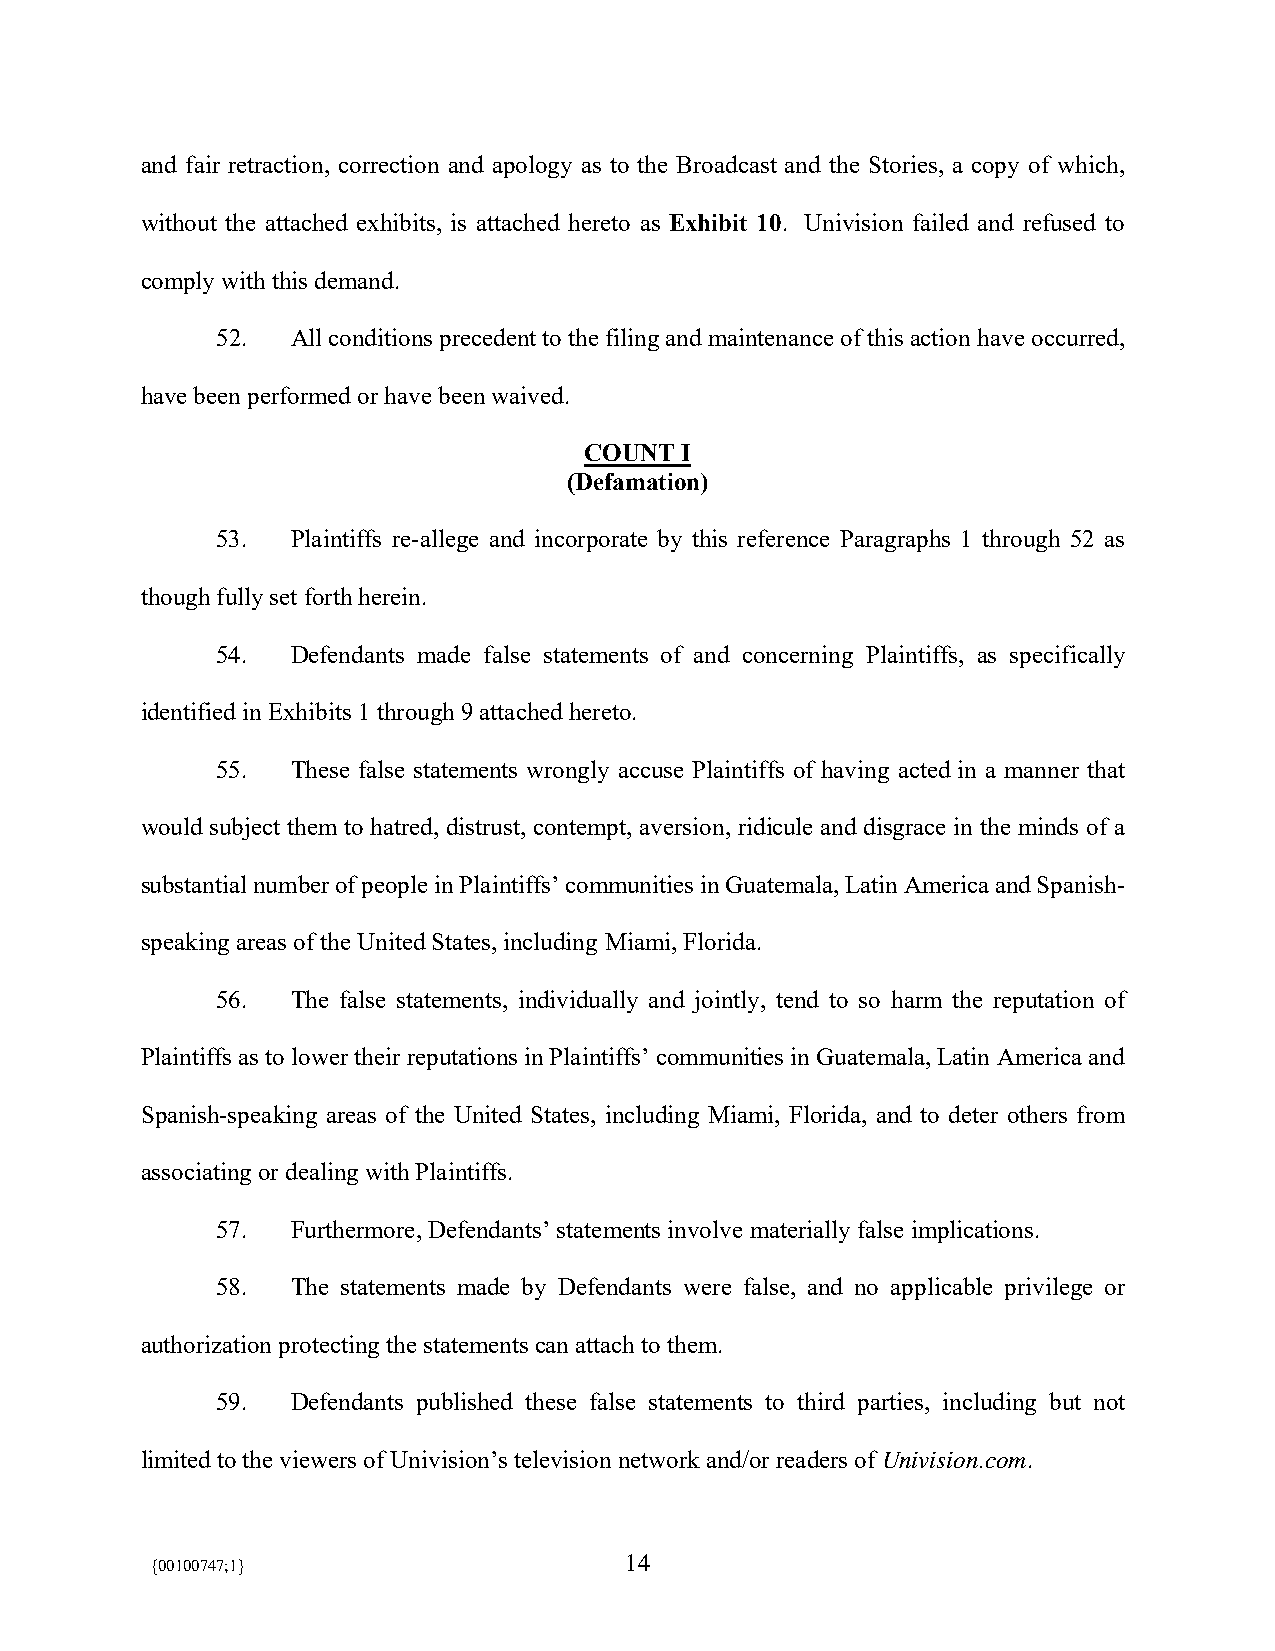
and fair retraction, correction and apology as to the Broadcast and the Stories, a copy of which,
 without the attached exhibits, is attached hereto as Exhibit 10. Univision failed and refused to
 comply with this demand.
 52.  All conditions precedent to the filing and maintenance of this action have occurred,
 have been performed or have been waived.
 COUNT I
 (Defamation)
 53.  Plaintiffs re-allege and incorporate by this reference Paragraphs 1 through 52 as
 though fully set forth herein.
 54.  Defendants made false statements of and concerning Plaintiffs, as specifically
 identified in Exhibits 1 through 9 attached hereto.
 55.  These false statements wrongly accuse Plaintiffs of having acted in a manner that
 would subject them to hatred, distrust, contempt, aversion, ridicule and disgrace in the minds of a
 substantial number of people in Plaintiffs’ communities in Guatemala, Latin America and Spanish-
 speaking areas of the United States, including Miami, Florida.
 56.  The false statements, individually and jointly, tend to so harm the reputation of
 Plaintiffs as to lower their reputations in Plaintiffs’ communities in Guatemala, Latin America and
 Spanish-speaking areas of the United States, including Miami, Florida, and to deter others from
 associating or dealing with Plaintiffs.
 57.  Furthermore, Defendants’ statements involve materially false implications.
 58.  The statements made by Defendants were false, and no applicable privilege or
 authorization protecting the statements can attach to them.
 59.  Defendants published these false statements to third parties, including but not
 limited to the viewers of Univision’s television network and/or readers of Univision.com.
 14
 {00100747;1}